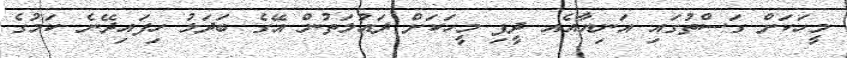
މީހަކަށް ގަސްތުގައި އަނިޔާއެއ ދީފި މީހަކަށް ދައުަލަތުން އޭގެ ބަދަލު ހިފައިދޭނެ ކަމުގެ